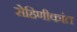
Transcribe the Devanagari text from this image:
रोहिणीकांत